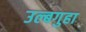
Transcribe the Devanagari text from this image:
उल्बगुहा